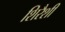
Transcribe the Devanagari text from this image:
शिरैशी